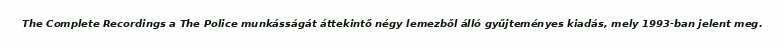
The Complete Recordings a The Police munkásságát áttekintő négy lemezből álló gyűjteményes kiadás, mely 1993-ban jelent meg.